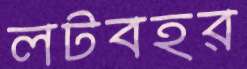
লটবহর